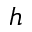
h